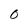
Character: O